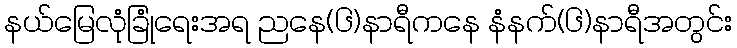
နယ်မြေလုံခြုံရေးအရ ညနေ(၆)နာရီကနေ နံနက်(၆)နာရီအတွင်း